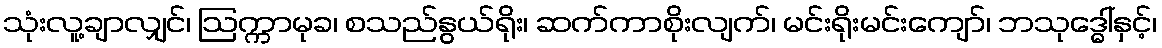
သုံးလူ့ချာလျှင်၊ ဩက္ကာမုခ၊ စသည်နွယ်ရိုး၊ ဆက်ကာစိုးလျက်၊ မင်းရိုးမင်းကျော်၊ ဘသုဒ္ဓေါ်နှင့်၊